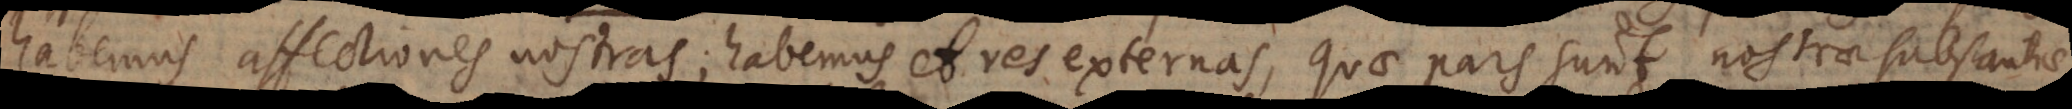
habemus affectiones nostras; habemus et res externas, quae pars sunt nostrae substantiae